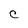
Character: C